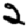
Digit: 2